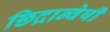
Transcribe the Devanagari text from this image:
छिद्रान्वेषी